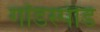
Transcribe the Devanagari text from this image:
गॉडस्पीड